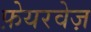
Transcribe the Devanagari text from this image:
फ़ेयरवेज़